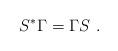
LaTeX: \begin{align*} S^*\Gamma=\Gamma S\ .\end{align*}